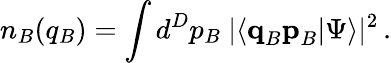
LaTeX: n_{B}(q_{B})=\int d^{D}p_{B}\ |\langle\textbf{q}_{B}\textbf{p}_{B}|\Psi\rangle|^{2}\, .